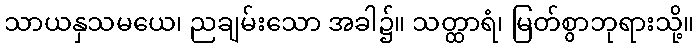
သာယနှသမယေ၊ ညချမ်းသော အခါ၌။ သတ္ထာရံ၊ မြတ်စွာဘုရားသို့။